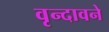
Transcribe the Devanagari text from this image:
वृन्दावने